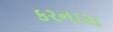
કરનારા